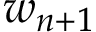
w _ { n + 1 }